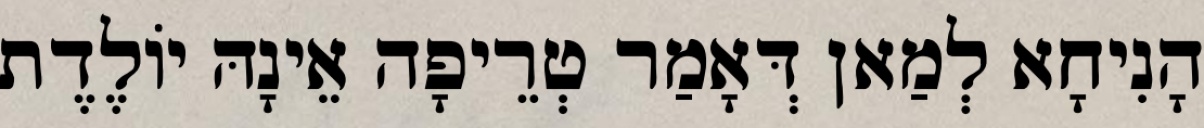
הָנִיחָא לְמַאן דְּאָמַר טְרֵיפָה אֵינָהּ יוֹלֶדֶת